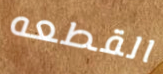
القطعه